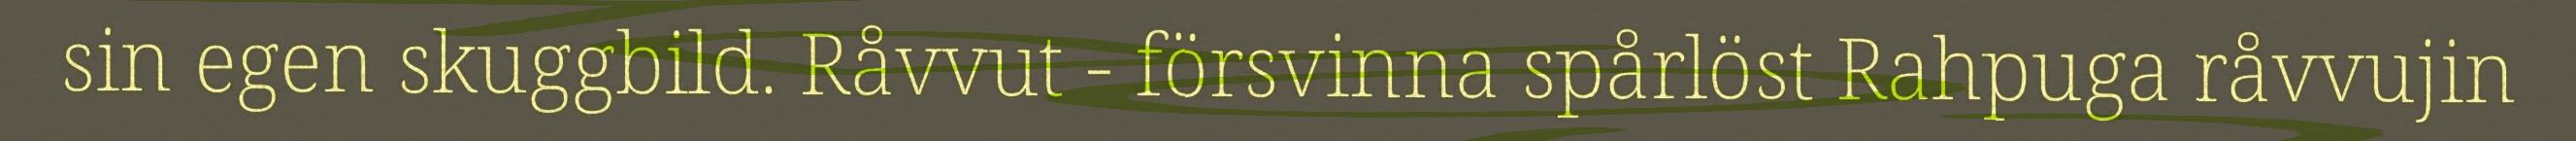
sin egen skuggbild. Råvvut - försvinna spårlöst Rahpuga råvvujin